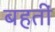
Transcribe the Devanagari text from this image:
बहतीं